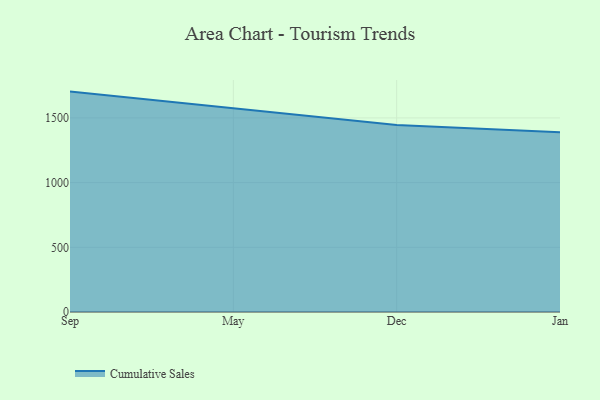
{"axis": {"x": "Month", "y": "Tickets Resolved"}, "legend": ["Cumulative Sales"], "data": [{"x": "Sep", "y": 1703.4, "type": "Cumulative Sales"}, {"x": "May", "y": 1573.5, "type": "Cumulative Sales"}, {"x": "Dec", "y": 1445.3, "type": "Cumulative Sales"}, {"x": "Jan", "y": 1388.8, "type": "Cumulative Sales"}]}